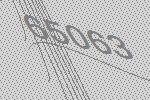
65063